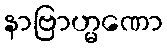
နာဗြာဟ္မဏော